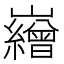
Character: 𡾽